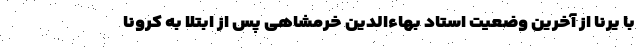
با یرنا از آخرین وضعیت استاد بهاءالدین خرمشاهی پس از ابتلا به کرونا